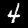
Label: 4